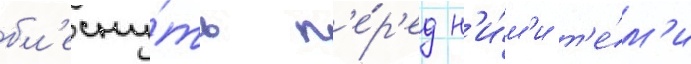
бл'есну́ть п'е́р'ед н'и́м'и т'е́м'и